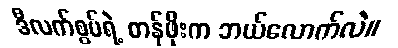
ဒီလက်စွပ်ရဲ့ တန်ဖိုးက ဘယ်လောက်လဲ။